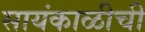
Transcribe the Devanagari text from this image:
सायंकाळीची